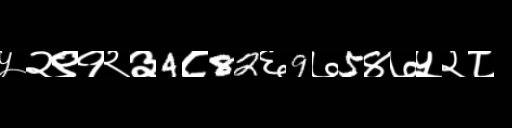
Text: ५२९१२३4८82६9७5४७५२८